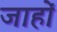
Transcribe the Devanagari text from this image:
जाहों